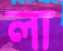
লা